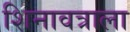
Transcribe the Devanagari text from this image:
शिनावत्राला